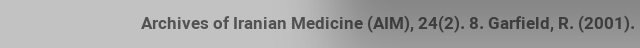
Archives of Iranian Medicine (AIM), 24(2). 8. Garfield, R. (2001).